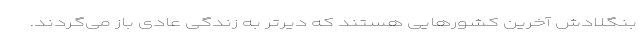
بنگلادش آخرین کشورهایی هستند که دیرتر به زندگی عادی باز می‌گردند.